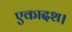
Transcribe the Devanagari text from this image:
एकादश।